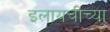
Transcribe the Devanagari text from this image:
इलायचीच्या